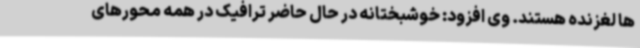
ها لغزنده هستند. وی افزود: خوشبختانه در حال حاضر ترافیک در همه محورهای